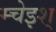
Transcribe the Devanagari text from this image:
म्चेइश्